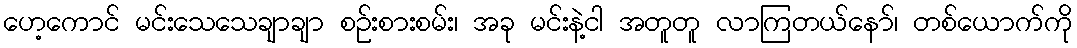
ဟေ့ကောင် မင်းသေသေချာချာ စဉ်းစားစမ်း၊ အခု မင်းနဲ့ငါ အတူတူ လာကြတယ်နော်၊ တစ်ယောက်ကို